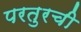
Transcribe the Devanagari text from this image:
परतुरची